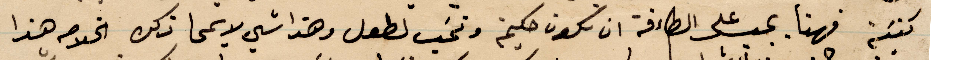
كنيسة فهنا يحسب على الطاءفة ان تكون حكيم وتحب لطول وهذا شيء لا يمحى ذلك الخلاصه هذا